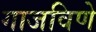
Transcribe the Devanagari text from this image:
गाजविणे